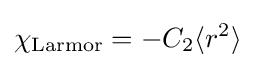
\chi _{\rm {Larmor}}=-C_{2}\langle r^{2}\rangle